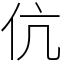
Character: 伉